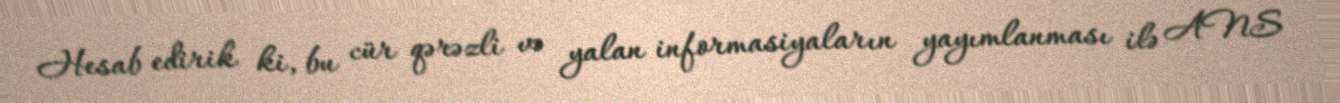
Hesab edirik ki, bu cür qərəzli və yalan informasiyaların yayımlanması ilə ANS